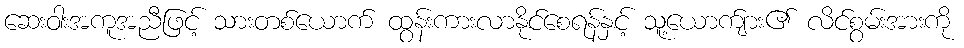
ဆေးဝါးအကူအညီဖြင့် သားတစ်ယောက် ထွန်းကားလာနိုင်စေရန်နှင့် သူ့ယောက်ျား၏ လိင်စွမ်းအားကို